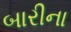
બારીના